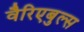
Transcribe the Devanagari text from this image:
वैरिएबुल्स